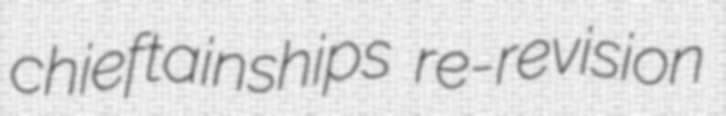
chieftainships re-revision